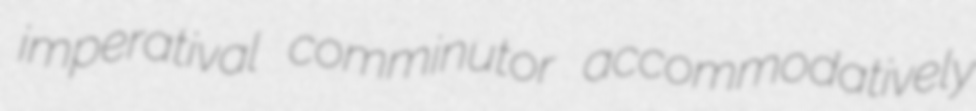
imperatival comminutor accommodatively